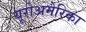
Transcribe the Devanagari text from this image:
यूरोअमेरिका